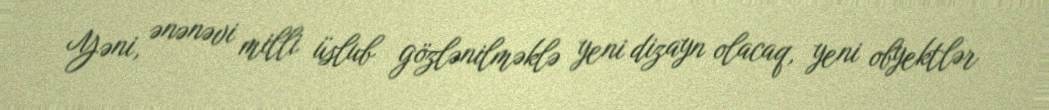
Yəni, ənənəvi milli üslub gözlənilməklə yeni dizayn olacaq, yeni obyektlər